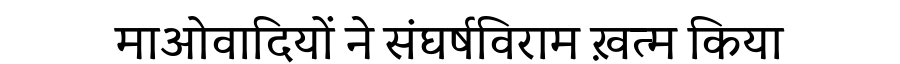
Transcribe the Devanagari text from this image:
माओवादियों ने संघर्षविराम ख़त्म किया